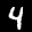
Label: 4